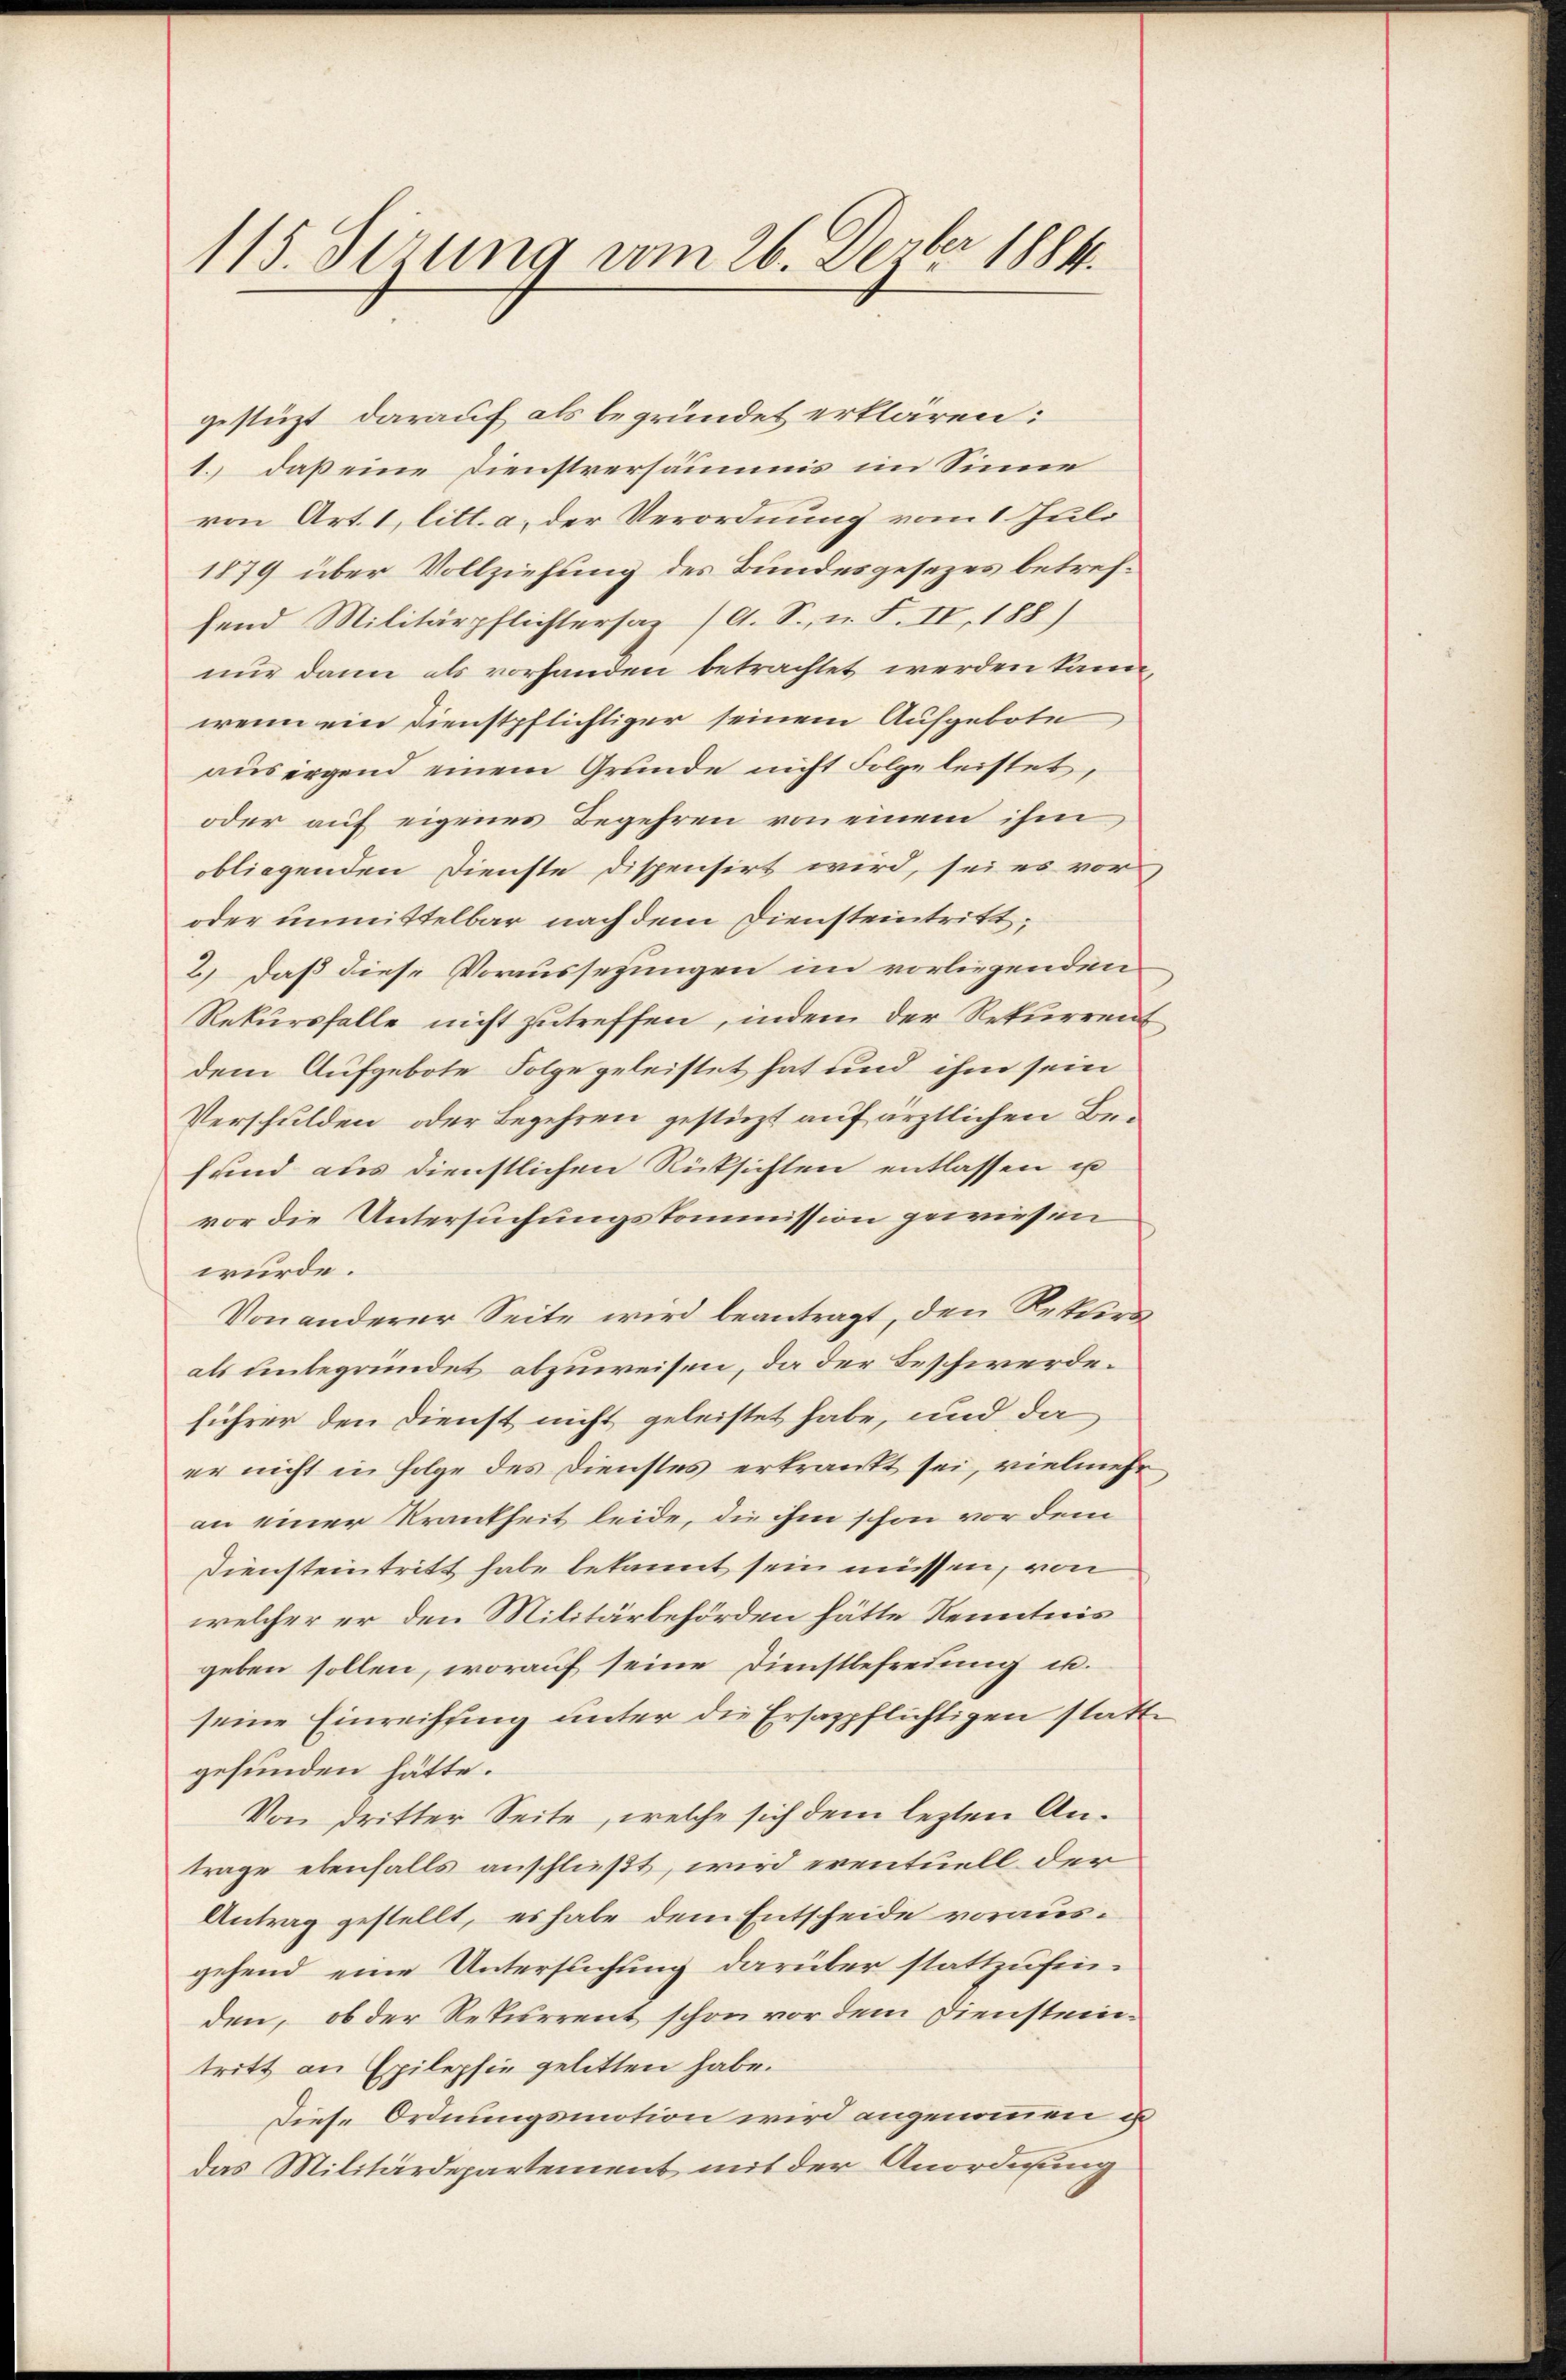
115. Sitzung vom 26. Dezbr 1884.

gestüzt darauf als begründet erklären:
1.) daß eine Dienstversäumis im Sinne
von Art. 1, litt. a. der Verordnung vom 1. Juli
1879 über Vollziehung des Bundesgesezes betreffend Militärpflichtersaz (A. S., n. F. II, 188)
nur dann als vorhanden betrachtet werden kann,
wenn ein Dienstpflichtiger seinem Aufgebote
aŭsirgend einem Grunde nicht Folgeleistet,
oder auf eigenes Begehren von einem ihm,
obliegenden Dienste dispensirt wird, sei es vor
oder unmittelbar nach dem Diensteintritt,
2.) Daß diese Voraussezungen im vorliegenden
Rekursfalle nicht zutreffen, indem der Rekurrent
dem Aufgebote Folge geleistet hat und ihm sein
Verschulden, oder Begehren gestüzt auf ärztlichen Befund aus dienstlichen Rücksichten entlassen u
vor die Untersuchungskommission gewiesen
wurde.
Von anderer Seite wird beantragt, den Rekters
als unbegründet abzuweisen, da der Beschwerde.
führer den Dienst nicht geleistet habe, und da
er nicht in Folge des Dienstes erkrankt sei, vielmehr
an einer Krankheit leide, die ihm schon vor dem
Diensteintritt habe bekannt sein müssen, von
welcher er den Militärbehörden hätte Kenntnis
geben sollen, worauf seine Dienstlefreiung u.
seine Einreihung unter die Ersazpflichtigen statte
gefunden hätte.
Von dritter Seite, welche sich dem lezten Antrage ebenfalls anschließt, wird eventuell der
Antrag gestellt, es habe dem Entscheide vorausgehend eine Untersuchung darüber stattzufinden, ob der Rekurrent schon vor dem Diensteintritt an Epilepsie gelitten habe.
Diese Ordnungsmotion wird angenommen ist
das Militärdepartement mit der Anordnung